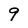
Character: 9